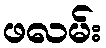
ဖလမ်း